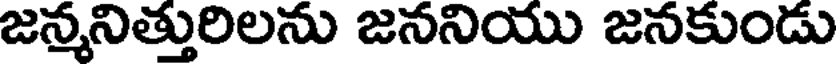
జన్మనిత్తురిలను జననియు జనకుండు